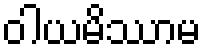
ဝါယမိဿာမ